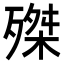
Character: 𣩊